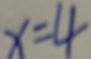
x = 4